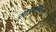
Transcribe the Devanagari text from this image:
साइक्लोटुरस